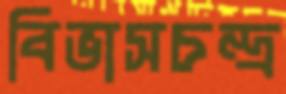
বিভাসচন্দ্র